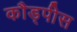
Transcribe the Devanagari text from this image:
कौड्पीस